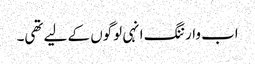
اب وارننگ انہی لوگوں کے لیے تھی۔